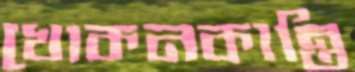
খোকনকান্তি